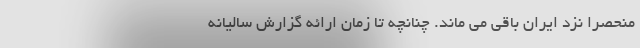
منحصرا نزد ایران باقی می ماند. چنانچه تا زمان ارائه گزارش سالیانه